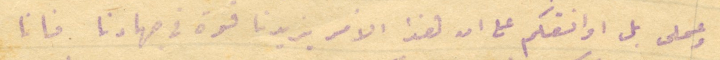
وعملى بل اوافقكم على ان هذا الامر يزيدنا قوة فى جهادنا فانا